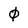
Character: 0